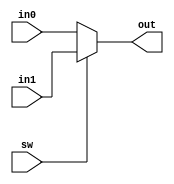
module mux (
    input [31:0] in0,
    input [31:0] in1,
    input sw,
    output reg [31:0] out
);
    
always @(*) begin
    out = (sw?in1:in0);
end

endmodule